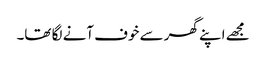
مجھے اپنے گھر سے خوف آنے لگا تھا۔